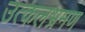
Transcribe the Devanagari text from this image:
उत्कलभ्रमण